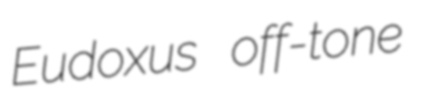
Eudoxus off-tone